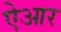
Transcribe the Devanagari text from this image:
ऐआर